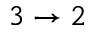
3 \rightarrow 2